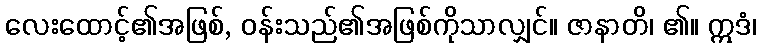
လေးထောင့်၏အဖြစ်, ဝန်းသည်၏အဖြစ်ကိုသာလျှင်။ ဇာနာတိ၊ ၏။ ဣဒံ၊